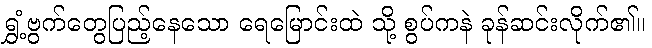
ရွှံ့ဗွက်တွေပြည့်နေသော ရေမြောင်းထဲ သို့ စွပ်ကနဲ ခုန်ဆင်းလိုက်၏။